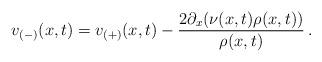
LaTeX: \begin{align*}v_{(-)}(x,t) = v_{(+)}(x,t) -\frac{2\partial_{x}(\nu(x,t)\rho(x,t))}{\rho(x,t)} \, .\end{align*}